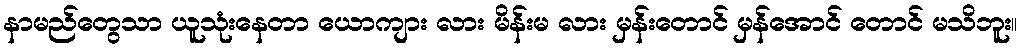
နာမည်တွေသာ ယူသုံးနေတာ ယောကျား လား မိန်းမ လား မှန်းတောင် မှန်အောင် တောင် မသိဘူး။